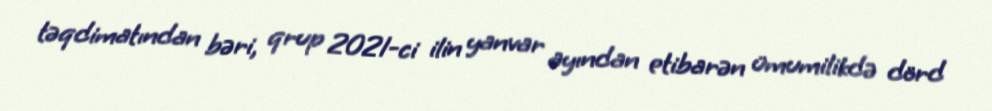
təqdimatından bəri, qrup 2021-ci ilin yanvar ayından etibarən ümumilikdə dörd